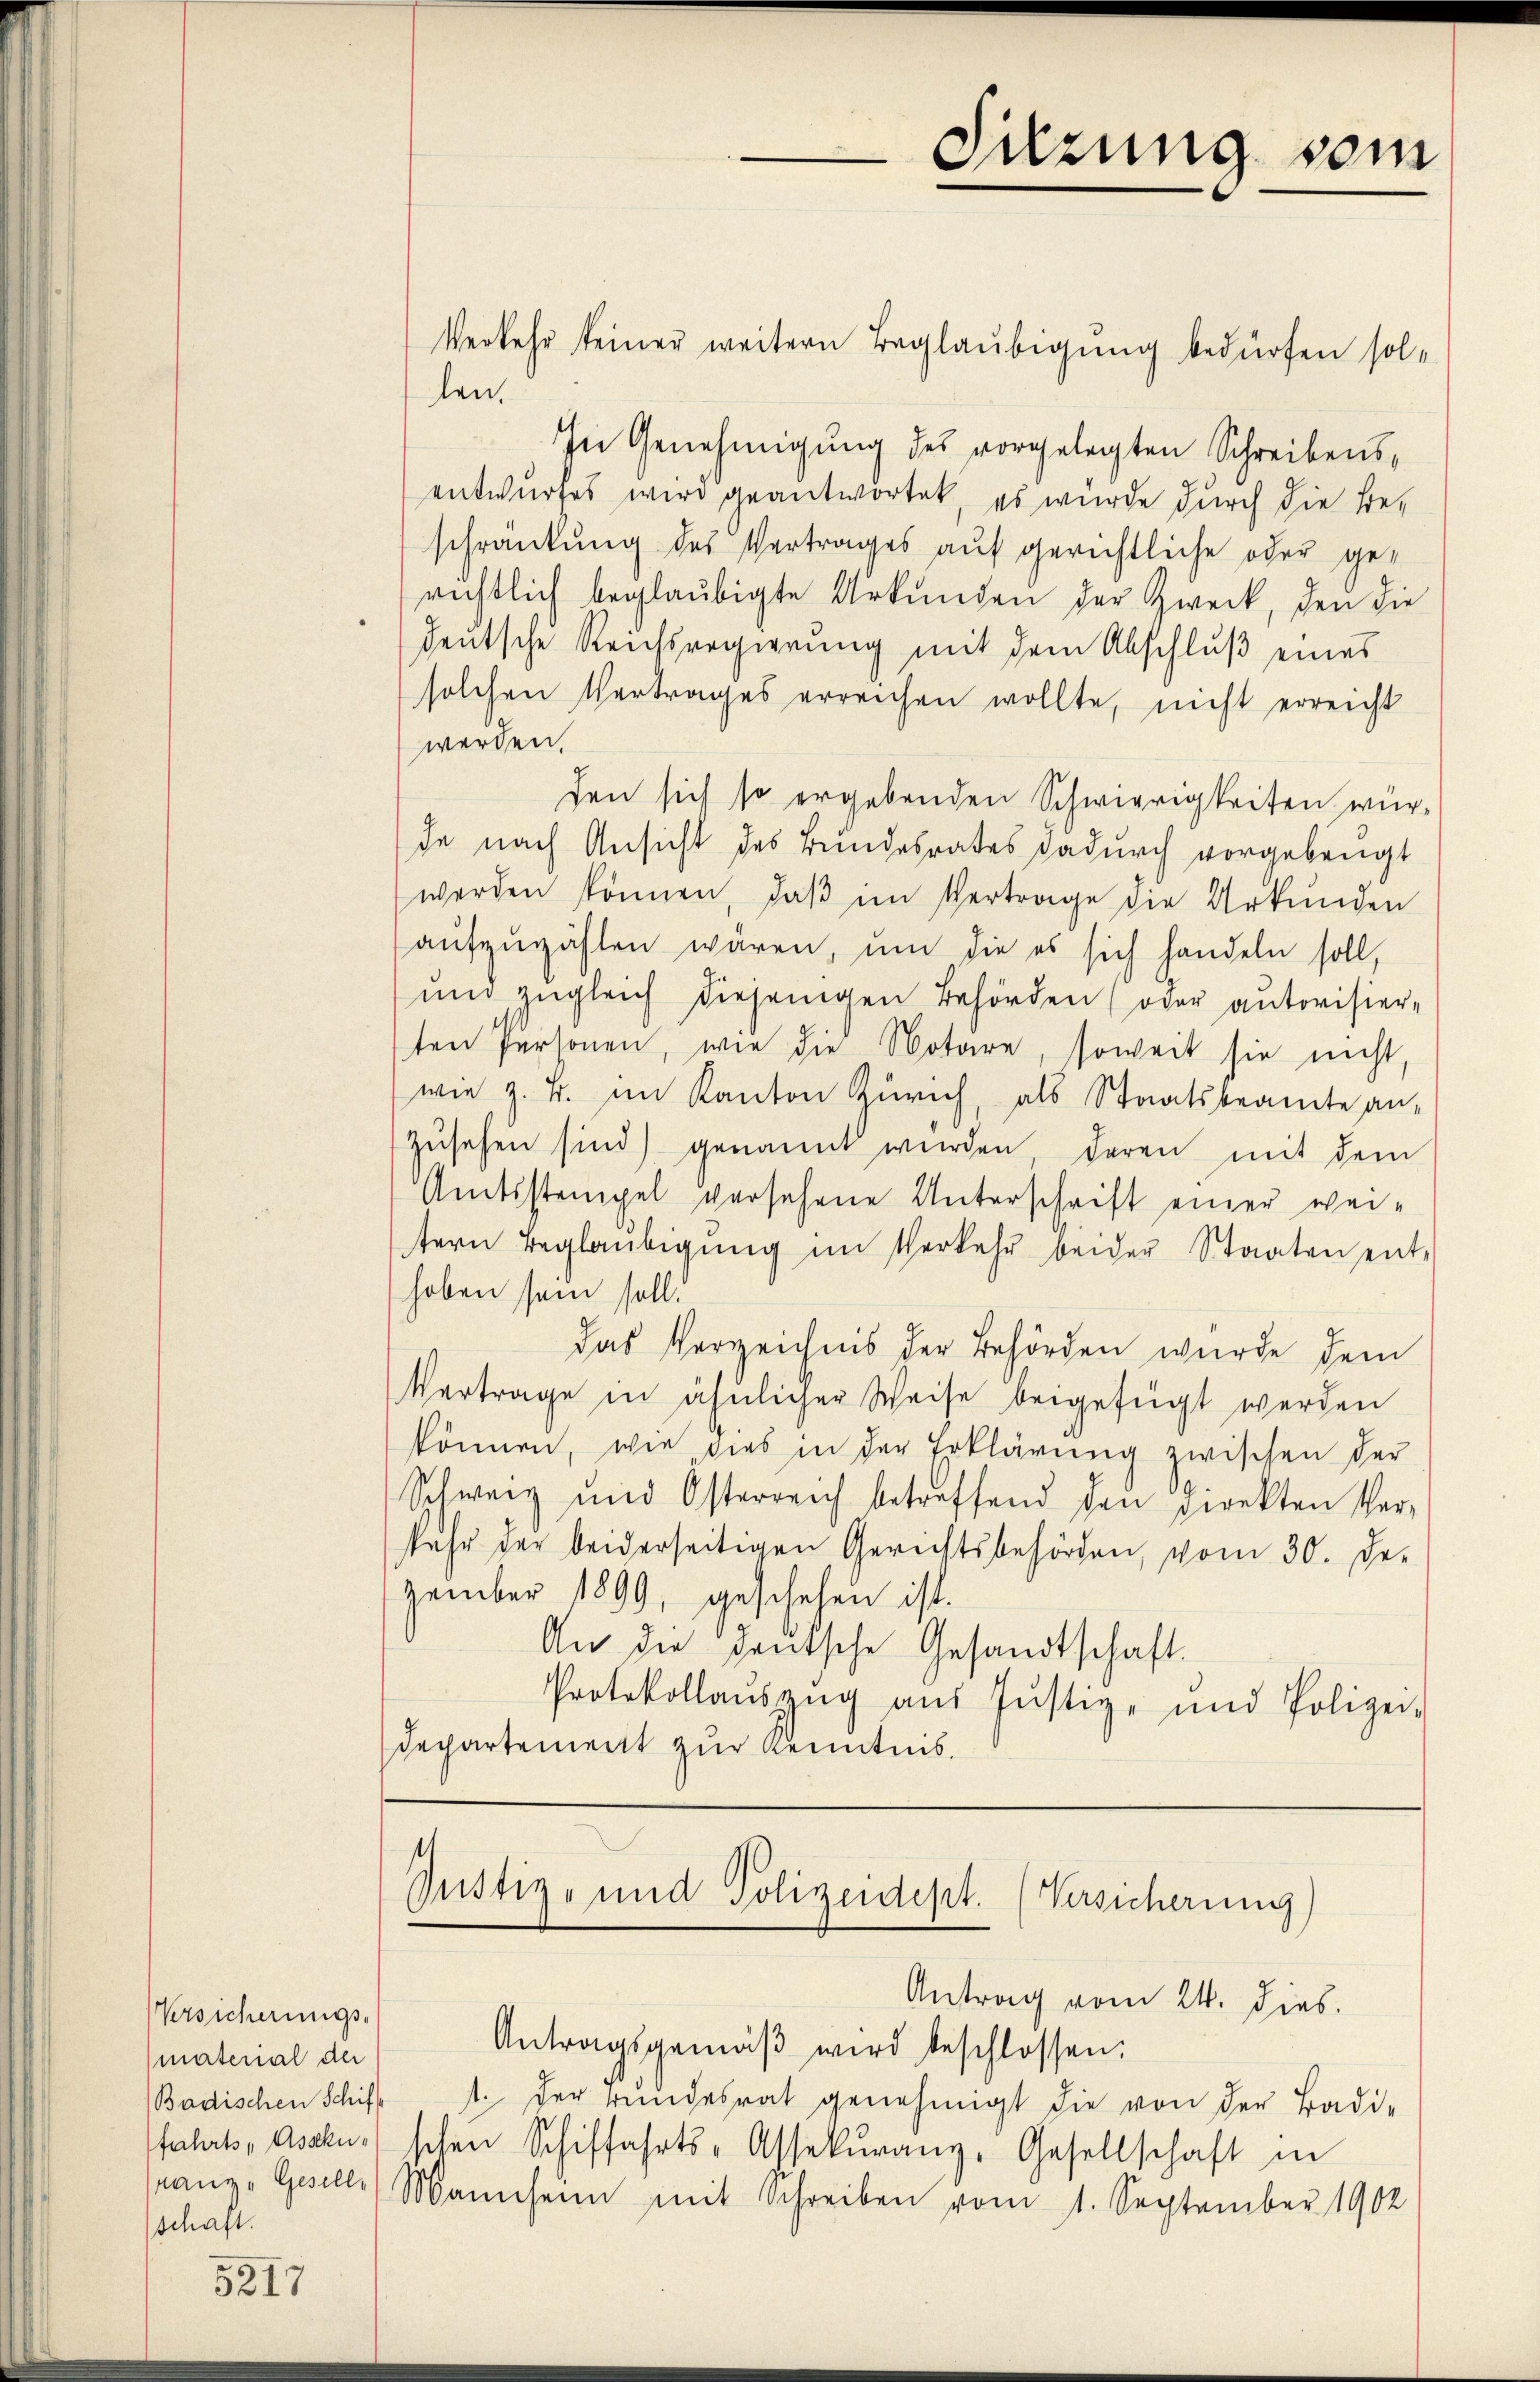
5217

Verkehr keiner weitern Beglaubigung bedürfen sollen.
In Genehmigung des vorgelegten Schreibensentwurfes wird geantwortet, es wurde durch die Beschränkung des Vertrages auf gerichtliche oder gerichtlich beglaubigte Urkunden der Zweck, den die
deutsche Reichsregierung mit dem Abschluß eines
solchen Vertrages erreichen wollte, nicht erreicht
werden.
den sich so ergebenden Schwierigkeiten wür-
de nach Ansicht des Bundesrates dadurch vorgebeugt
werden können, daβ im Vertrage die Urkunden
aŭfzŭzählen wären, um die es sich handeln soll,
ŭnd zŭgleich diejenigen Behörden (oder autorisier-
ten Personen, wie die Notare, soweit sie nicht,
wie z. B. im Kanton Zürich, als Staatsbeamte an-
zŭsehen sind) genannt wurden daren, mit dem
Amtsstempel versehene Unterschrift einer weitern Beglaŭbigŭng im Verkehr beider Staaten ent-
hoben sein soll.
das Verzeichnis der Behörden wurde dem
Vertrage in ähnlicher Weise beigefügt werden
können, wie dies in der Erklärung zwischen der
Schweiz und Osterreich betreffend den Direkten Ver-
fuhr der beiderseitigen Gerichtsbehörden, vom 30. De-
zember 1899, geschehen ist.
An die deutsche Gesandtschaft.
Protokollaŭszŭg aŭs Jŭstiz- und Polizei-
Departement zur Kenntnis.

Versicherungs-
material der
Badischen Schif
schaft.

Justiz- und Polizeidept. (Versicherung)
Antrag vom 24. dies.

Antragsgemäβ wird beschlossen.
1. Der rundesrat genehmigt die von der Badi-
fahrts- Aschus schen Schiffahrts-Assekŭranz, Gesellschaft in
sanze Geselle Mannheim mit Schreiben vom 1. September 1902

Sitzung vom